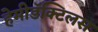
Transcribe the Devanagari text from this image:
हेमीडॅक्टिलस